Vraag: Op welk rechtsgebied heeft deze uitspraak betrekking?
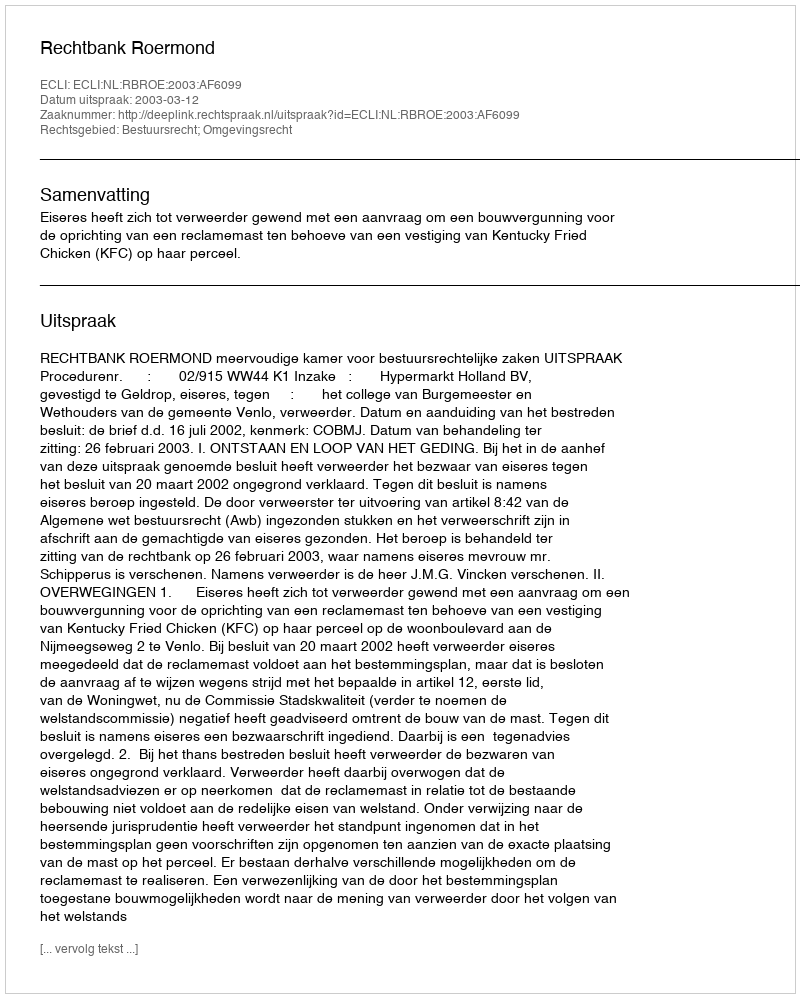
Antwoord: Bestuursrecht; Omgevingsrecht